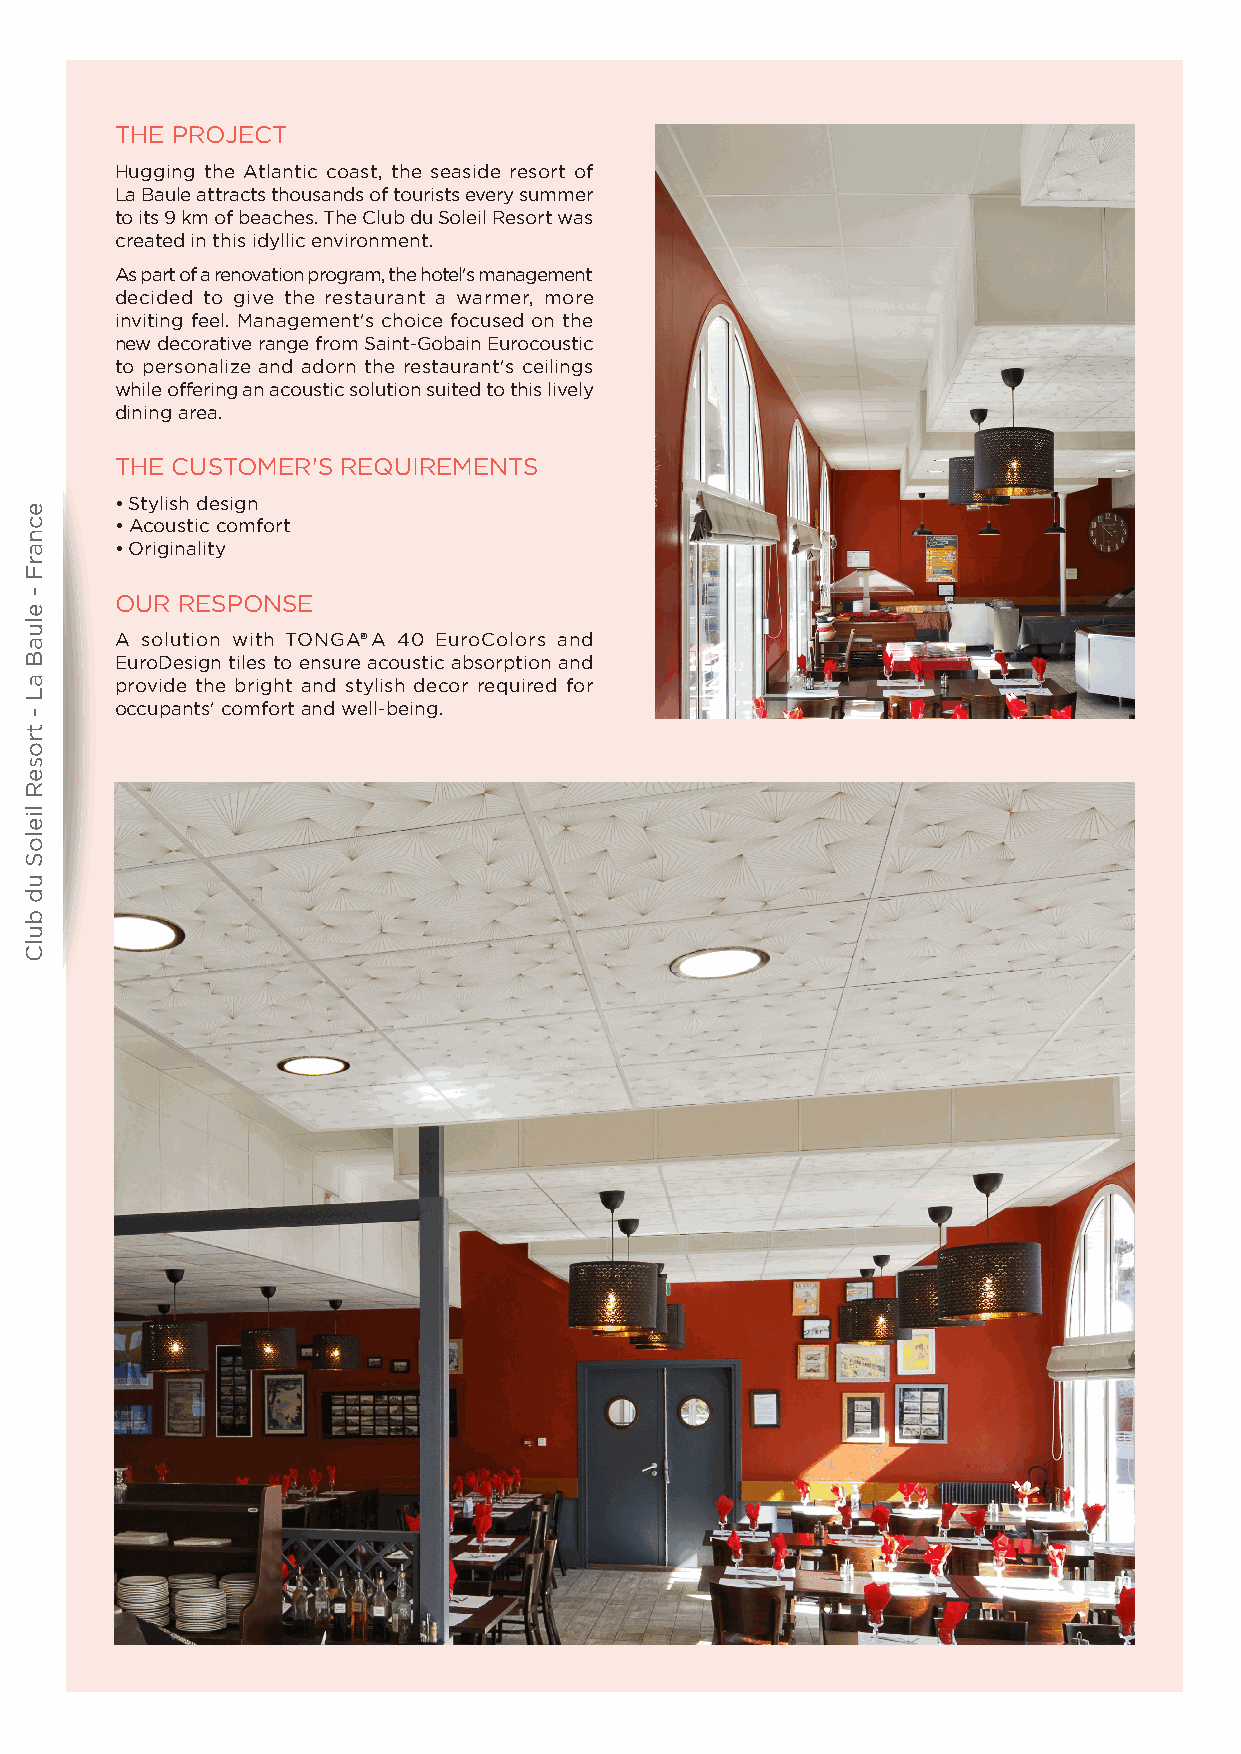
THE PROJECT
 Hugging the Atlantic coast, the seaside resort of
 La Baule attracts thousands of tourists every summer
 to its 9 km of beaches. The Club du Soleil Resort was
 created in this idyllic environment.
 As part of a renovation program, the hotel's management
 decided to give the restaurant a warmer, more
 inviting feel. Management's choice focused on the
 new decorative range from Saint-Gobain Eurocoustic
 to personalize and adorn the restaurant's ceilings
 while offering an acoustic solution suited to this lively
 dining area.
 THE CUSTOMER'S REQUIREMENTS
 • Stylish design
 • Acoustic comfort
 • Originality
 OUR RESPONSE
 A solution with TONGA® A 40 EuroColors and
 EuroDesign tiles to ensure acoustic absorption and
 provide the bright and stylish decor required for
 occupants' comfort and well-being.
 tcejorP
 ecnarF
 -
 eluaB
 aL
 -
 troseR
 lieloS
 ud
 bulC
 teehsatad